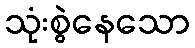
သုံးစွဲနေသော